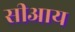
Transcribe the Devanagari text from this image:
सीआय